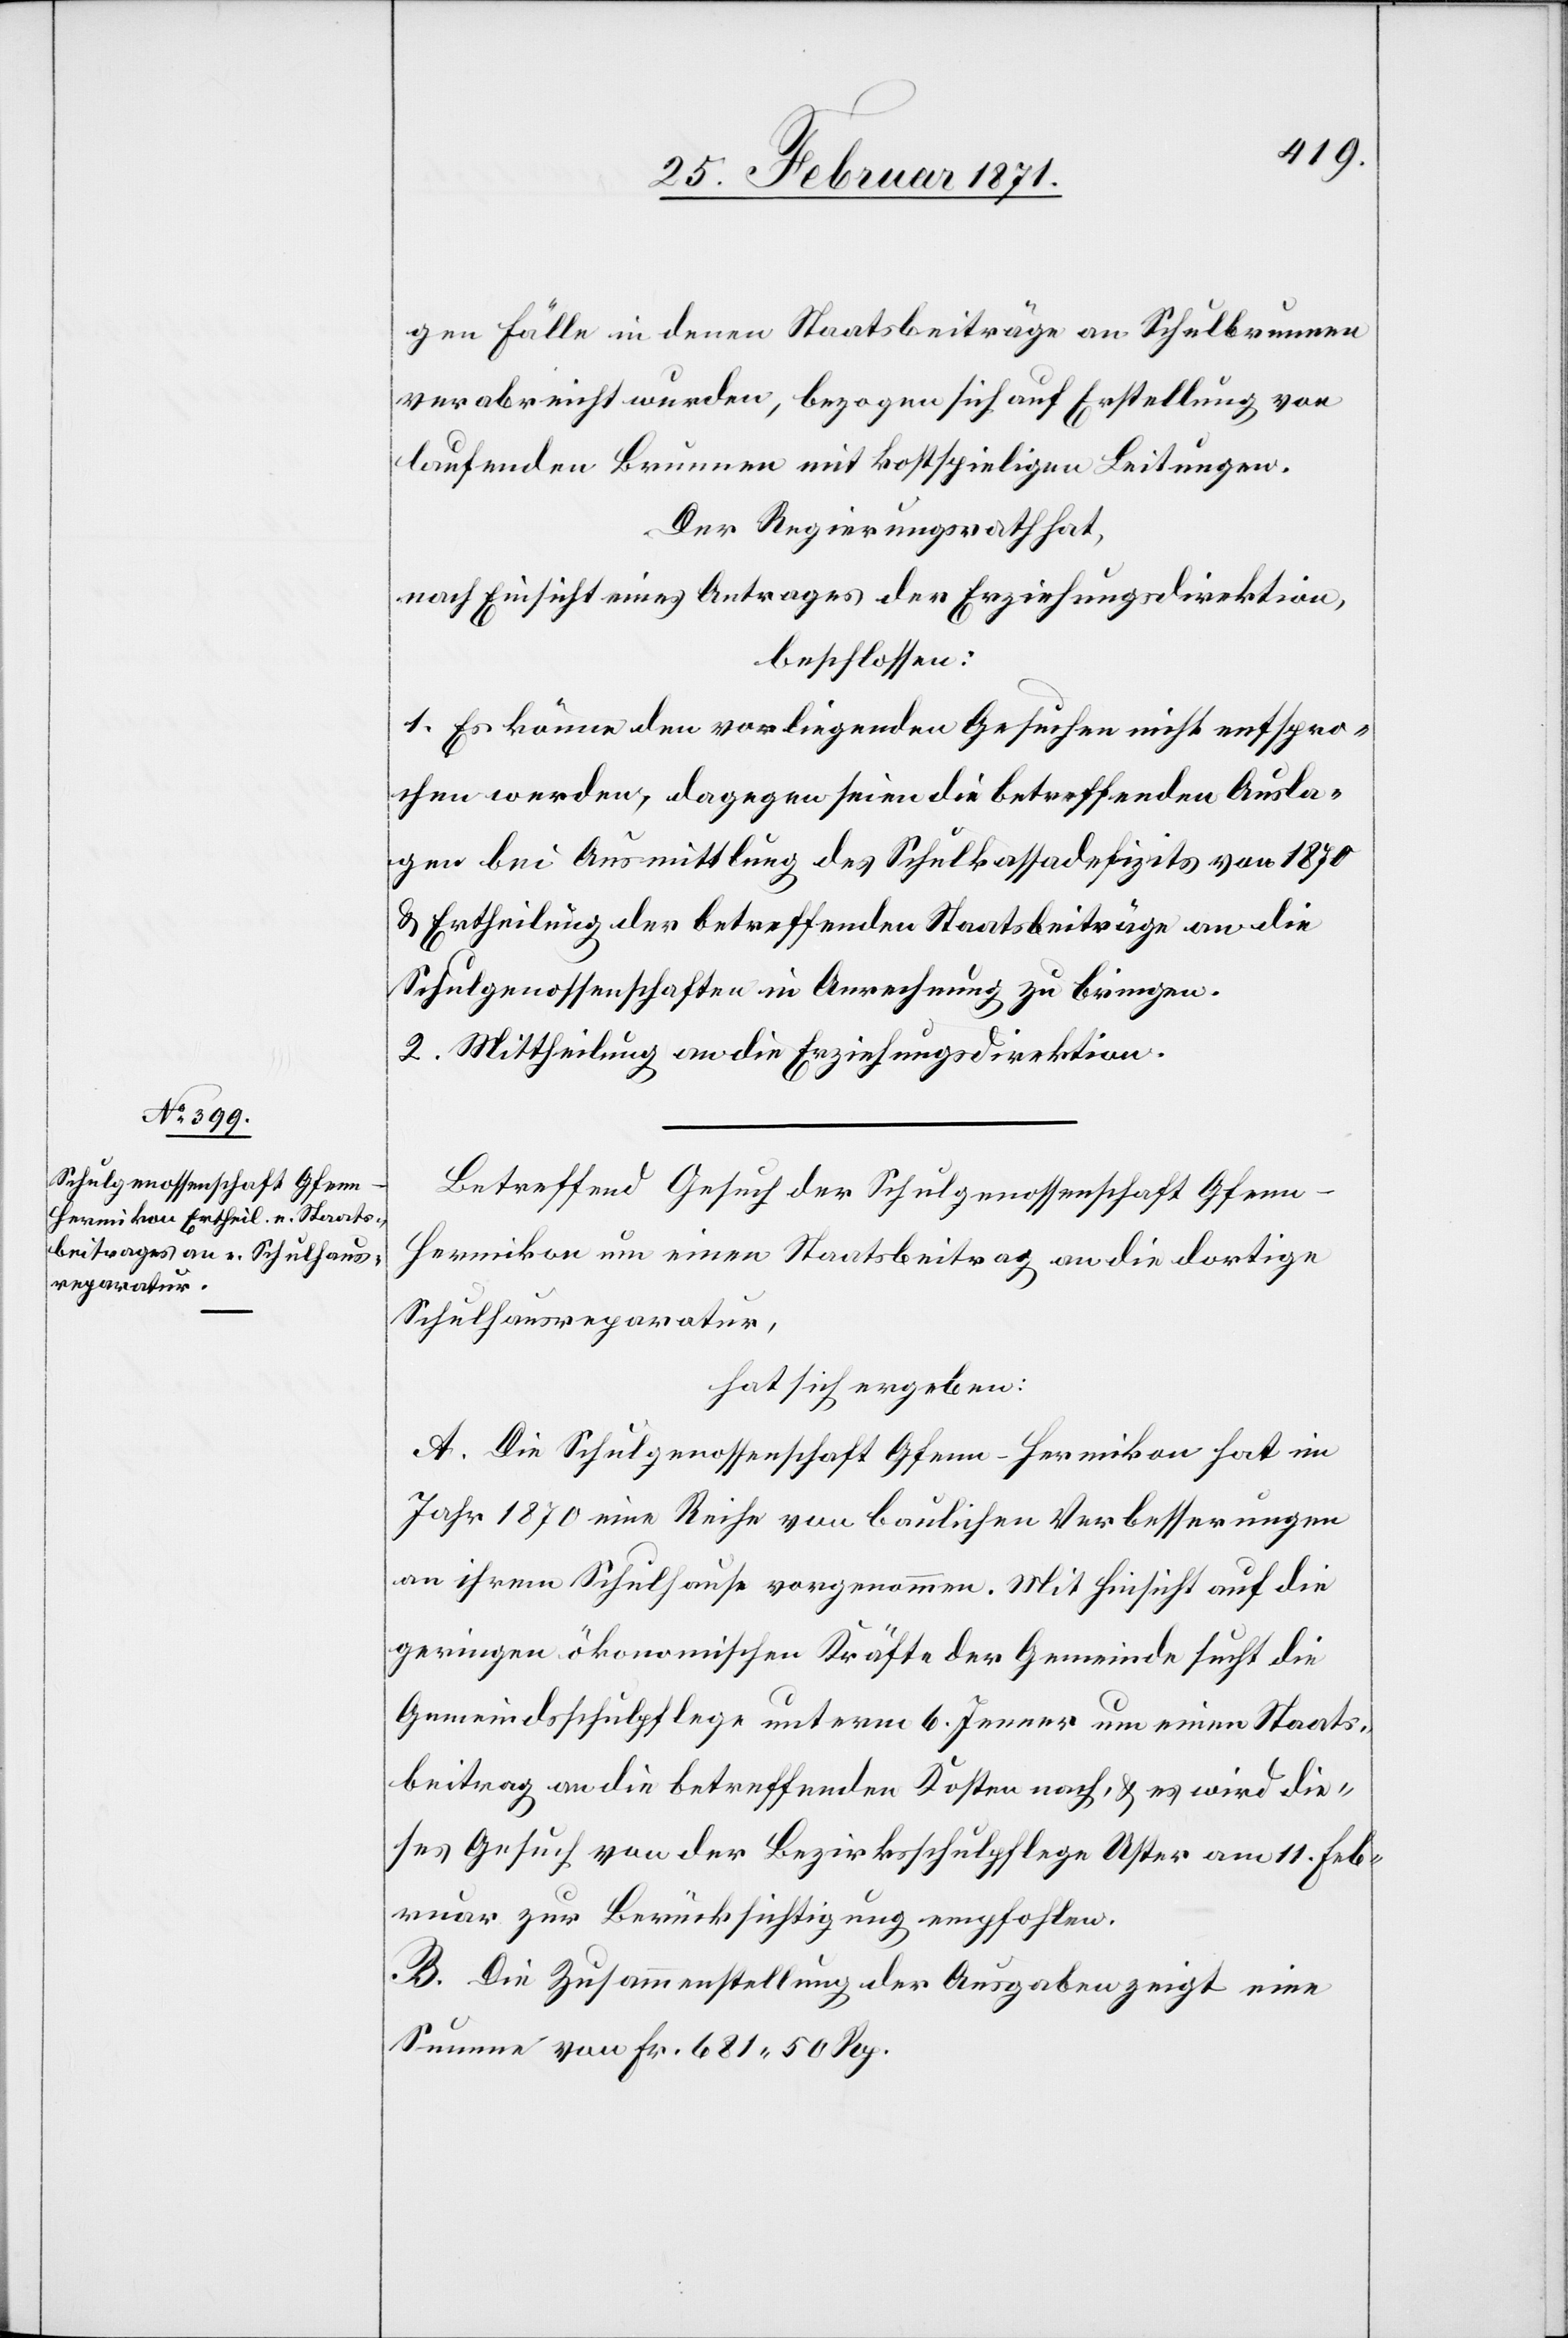
gen Fälle in denen Staatsbeiträge an Schulbrunnen
verabreicht wurden, bezogen sich auf Erstellung von
laufenden Brunnen mit kostspieligen Leitungen.
Der Regierungsrath hat,
nach Einsicht eines Antrages der Erziehungsdirektion,
beschlossen:
1. Es könne den vorliegenden Gesuchen nicht entspro¬
chen werden, dagegen seien die betreffenden Ausla¬
gen bei Ausmittlung des Schulkassadefizits von 1870
u. Ertheilung der betreffenden Staatsbeiträge an die
Schulgenossenschaften in Anrechnung zu bringen.
2. Mittheilung an die Erziehungsdirektion.
Betreffend Gesuch der Schulgenossenschaft Gfen¬
n-Hermikon um einen Staatsbeitrag an die dortige
Schulhausreparatur,
hat sich ergeben:
A. Die Schulgenossenschaft Gfenn-Hermikon hat im
Jahr 1870 eine Reihe von baulichen Verbesserungen
an ihrem Schulhause vorgenommen. Mit Hinsicht auf die
geringen ökonomischen Kräfte der Gemeinde sucht die
Gemeindsschulpflege unterm 6. Jenner um einen Staats¬
beitrag an die betreffenden Kosten nach, u. es wird die¬
ses Gesuch von der Bezirksschulpflege Uster am 11. Feb¬
ruar zur Berücksichtigung empfohlen.
B. Die Zusammenstellung der Ausgaben zeigt eine
Summe von Fr. 681.50 Rp.